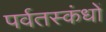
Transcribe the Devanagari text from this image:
पर्वतस्कंधों